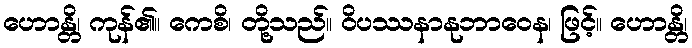
ဟောန္တိ၊ ကုန်၏။ ကေစိ၊ တို့သည်။ ဝိပဿနာနုဘာဝေန၊ ဖြင့်။ ဟောန္တိ၊